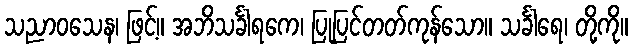
သညာဝသေန၊ ဖြင့်။ အဘိသင်္ခါရကေ၊ ပြုပြင်တတ်ကုန်သော။ သင်္ခါရေ၊ တို့ကို။